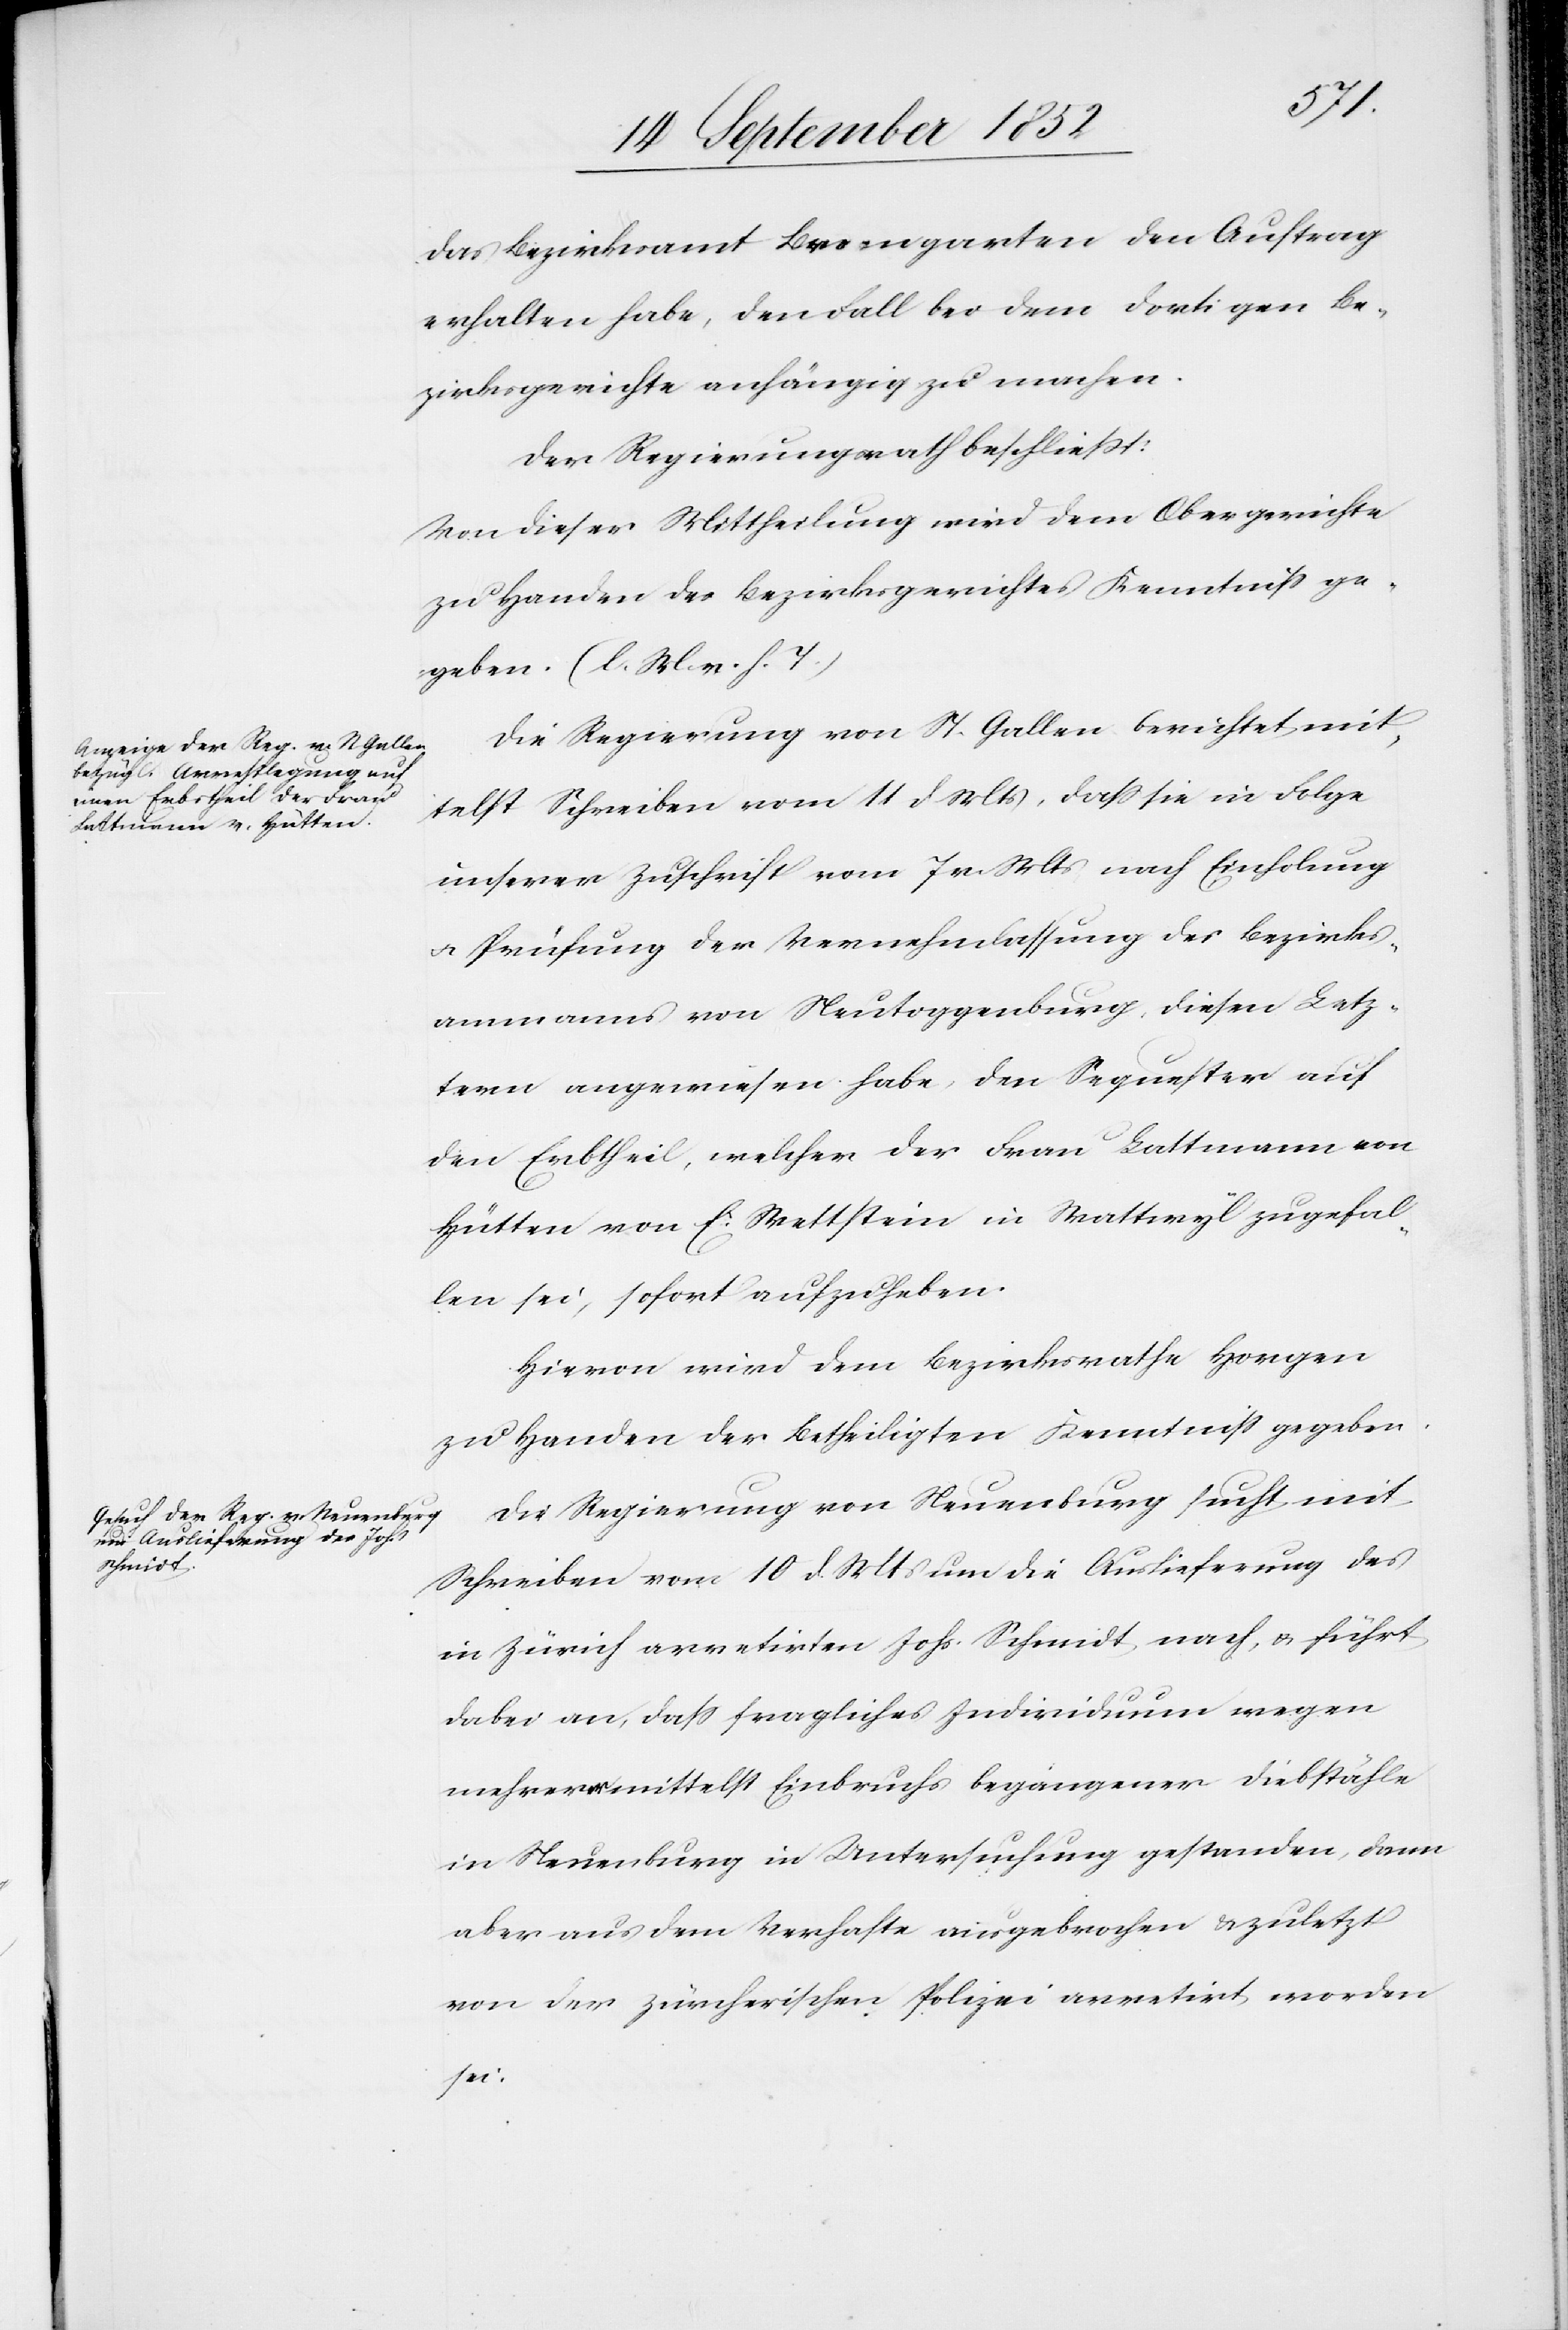
das Bezirksamt Bremgarten den Auftrag
erhalten habe, den Fall bei dem dortigen Be¬
zirksgerichte anhängig zu machen.
Der Regierungsrath beschließt:
Von dieser Mittheilung wird dem Obergerichte
zu Handen des Bezirksgerichtes Kenntniss ge¬
geben. (l. M. v. h. T.)
Die Regierung von St. Gallen berichtet mit¬
telst Schreiben vom 11 d Mts, dass sie in Folge
unserer Zuschrift vom 7 v. Mts nach Einholung
& Prüfung der Vernehmlassung des Bezirks¬
ammanns von Neutoggenburg, diesen Letz¬
tern angewiesen habe, den Sequester auf
den Erbtheil, welcher der Frau Lattmann von
Hütten von E. Wettstein in Wattwyl zugefal¬
len sei, sofort aufzuheben.
Hievon wird dem Bezirksrathe Horgen
zu Handen der Betheiligten Kenntniss gegeben.
Die Regierung von Neuenburg sucht mit
Schreiben vom 10 d. Mts um die Auslieferung des
in Zürich arretirten Johs. Schmidt nach, & führt
dabei an, dass fragliches Individuum wegen
mehrerer mittelst Einbruchs begangener Diebstähle
in Neuenburg in Untersuchung gestanden, dann
aber aus dem Verhafte ausgebrochen & zuletzt
von der zürcherischen Polizei arretirt worden
sei.